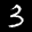
Label: 3